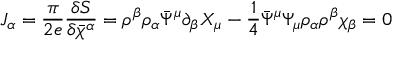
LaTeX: J _ { \alpha } = \frac { \pi } { 2 e } \frac { \delta S } { \delta \bar { \chi } ^ { \alpha } } = \rho ^ { \beta } \rho _ { \alpha } \bar { \Psi } ^ { \mu } \partial _ { \beta } X _ { \mu } - \frac { 1 } { 4 } \bar { \Psi } ^ { \mu } \Psi _ { \mu } \rho _ { \alpha } \rho ^ { \beta } \chi _ { \beta } = 0